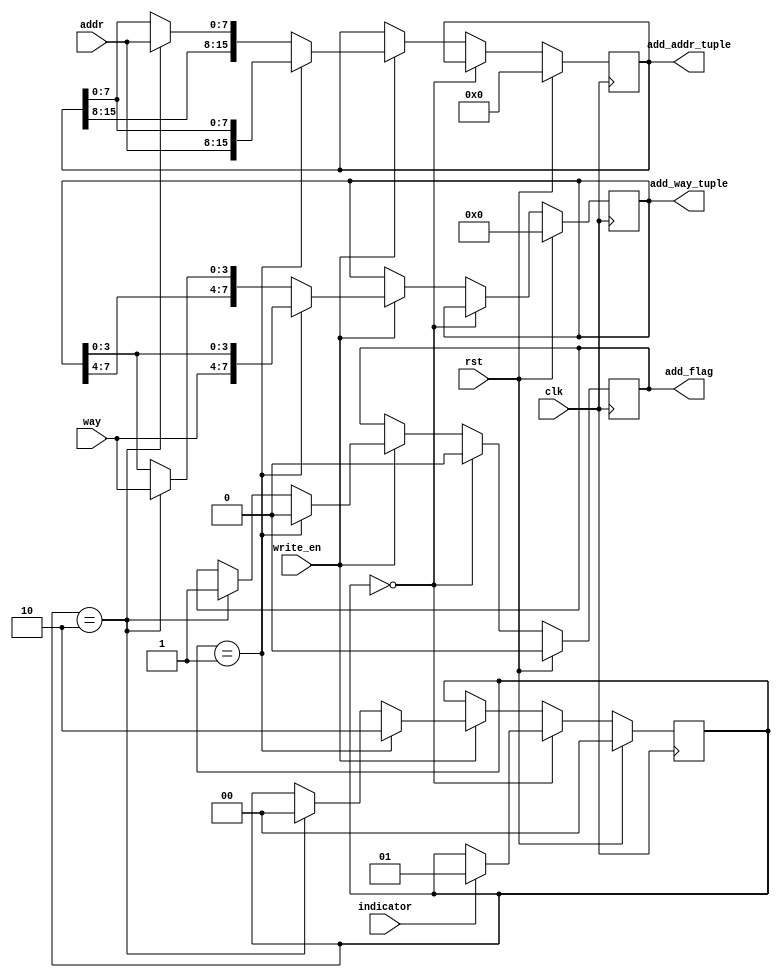
module plc_adder(
    input   wire                        clk,
    input   wire                        rst,
    input   wire                        indicator,
    input   wire                        write_en,
    input   wire    [ADDR_WIDTH-1:0]    addr,
    input   wire    [WAY_WIDTH-1:0]     way,

    output  reg     [2*ADDR_WIDTH-1:0]  add_addr_tuple,
    output  reg     [2*WAY_WIDTH-1:0]   add_way_tuple,
    output  reg                         add_flag
);

    parameter ADDR_WIDTH = 8;                   // exu_lsu_early_va_e[10:3]? // pcx_packet 40 bits are for address
    parameter WAY_WIDTH = 4;                    //

    reg [1:0] state;

    parameter IDLE  = 2'b00;
    parameter WXO   = 2'b01;    // Wait for X
    parameter WXE   = 2'b10;    // Wait for X'

    always @(posedge  clk) begin
        if (rst) begin
            state <= IDLE;
            add_addr_tuple <= 0;
            add_way_tuple <= 0;
            add_flag <= 1'b0;
        end else if (state == IDLE) begin
            state <= indicator? WXO : state;
            add_addr_tuple <= add_addr_tuple;
            add_way_tuple <= add_way_tuple;
            add_flag <= 1'b0;
        end else if (write_en)begin
				if (state == WXO) begin
					state <= WXE;
					add_addr_tuple	<= {addr, add_addr_tuple[ADDR_WIDTH-1:0]};
					add_way_tuple	<= {way, add_way_tuple [WAY_WIDTH-1:0]};
					add_flag <= 1'b0;
				end else if (state == WXE) begin
					state <= IDLE;
					add_addr_tuple	<= {add_addr_tuple[2*ADDR_WIDTH-1:ADDR_WIDTH], addr};
					add_way_tuple	<= {add_way_tuple[2*WAY_WIDTH-1:WAY_WIDTH], way};
					add_flag <= 1'b1;
				end
		end else begin
				state <= state;
				add_addr_tuple	<= add_addr_tuple;
				add_way_tuple	<= add_way_tuple;
				add_flag <= add_flag;
		end
    end

endmodule